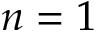
n = 1